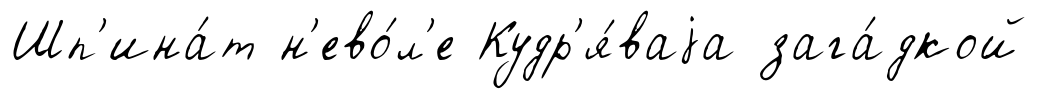
Шп'ина́т н'ево́л'е Кудр'я́ваjа зага́дкой